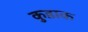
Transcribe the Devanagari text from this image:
कुडाक